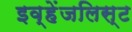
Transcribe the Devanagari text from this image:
इव्हेंजलिस्ट